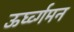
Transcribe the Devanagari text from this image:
ऊर्घ्व्गमन